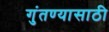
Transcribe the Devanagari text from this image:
गुंतण्यासाठी